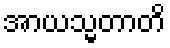
အာယသ္မတာတိ